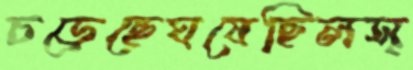
চড়েছেঘষেছিলস্